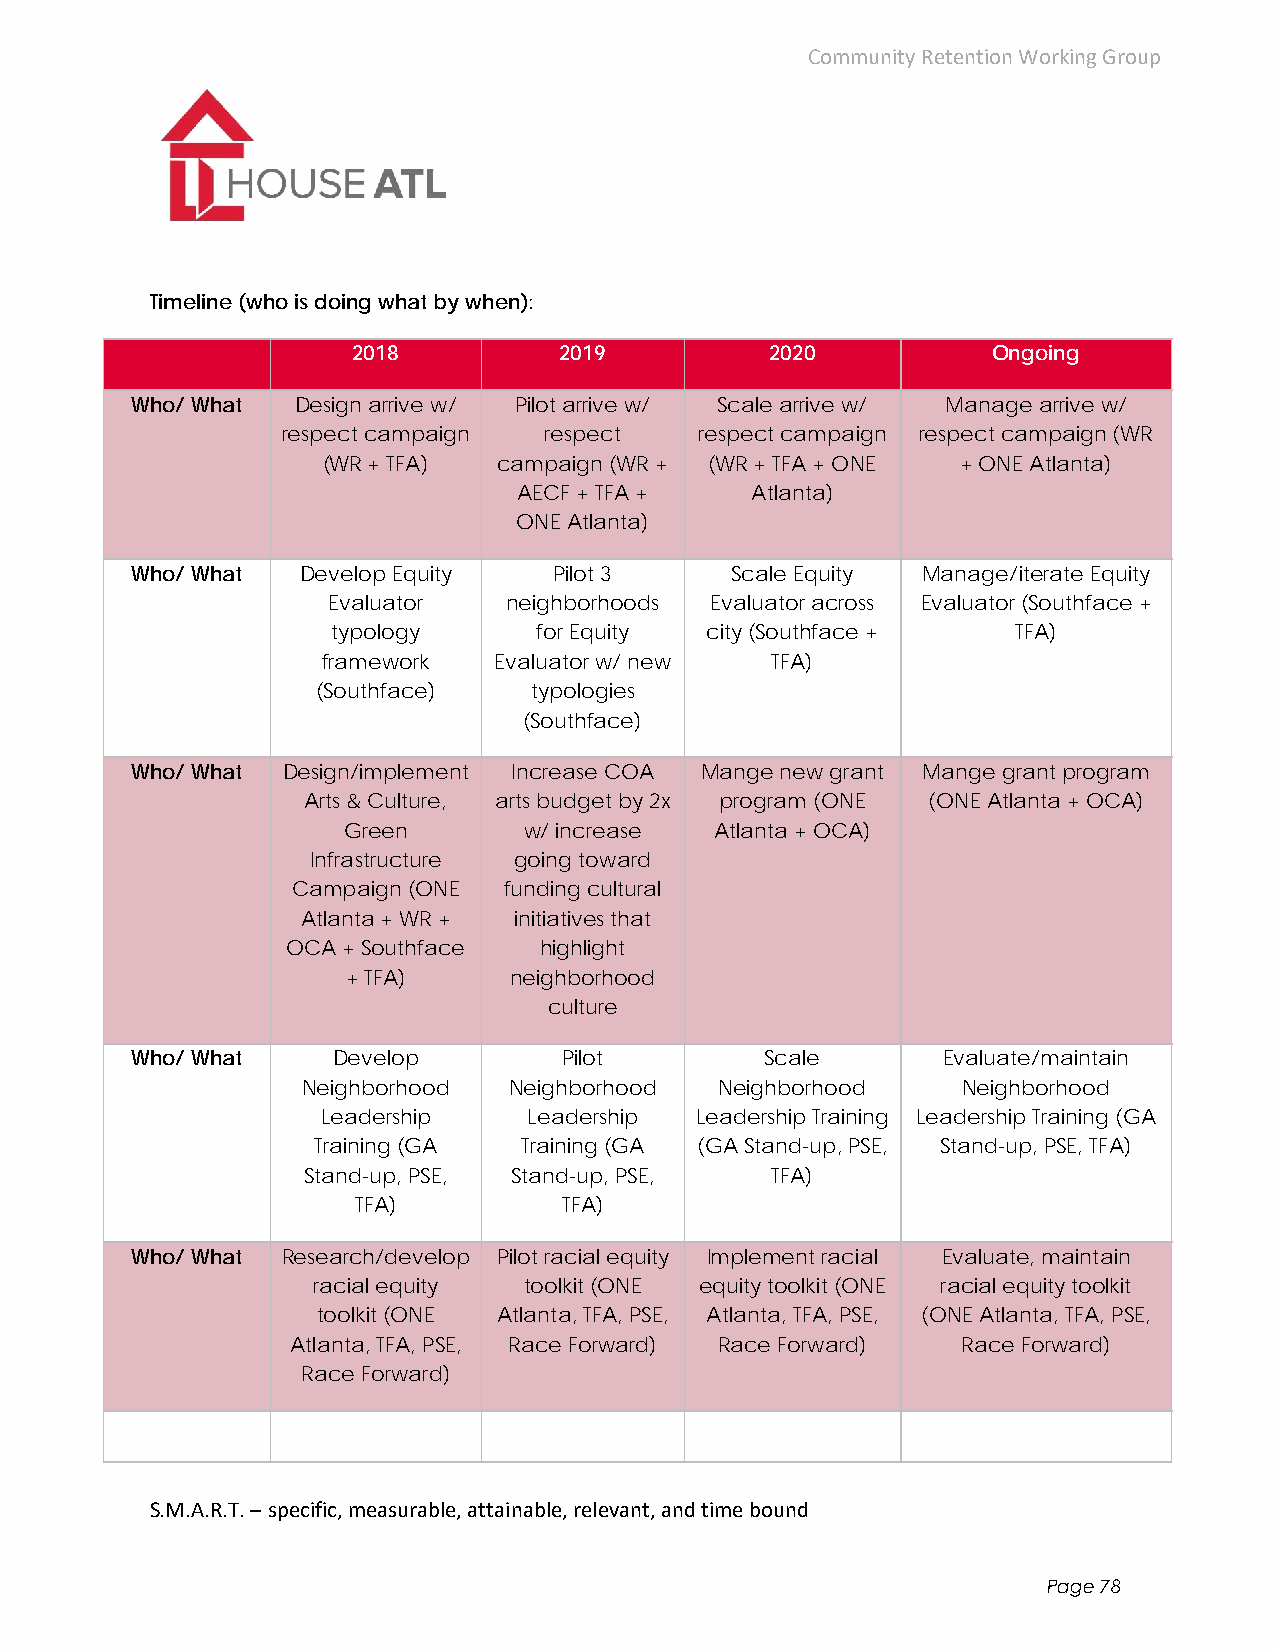
Community Retention Working Group
 Timeline (who is doing what by when):
 2018          2019          2020           Ongoing
 Who/ What  Design arrive w/ Pilot arrive w/ Scale arrive w/ Manage arrive w/
 respect campaign respect   respect campaign respect campaign (WR
 (WR + TFA)  campaign (WR + (WR + TFA + ONE + ONE Atlanta)
 AECF + TFA +    Atlanta)
 ONE Atlanta)
 Who/ What  Develop Equity   Pilot 3    Scale Equity Manage/iterate Equity
 Evaluator  neighborhoods Evaluator across Evaluator (Southface +
 typology      for Equity city (Southface +   TFA)
 framework   Evaluator w/ new  TFA)
 (Southface)   typologies
 (Southface)
 Who/ What Design/implement Increase COA Mange new grant Mange grant program
 Arts & Culture, arts budget by 2x program (ONE (ONE Atlanta + OCA)
 Green       w/ increase Atlanta + OCA)
 Infrastructure going toward
 Campaign (ONE funding cultural
 Atlanta + WR + initiatives that
 OCA + Southface  highlight
 + TFA)     neighborhood
 culture
 Who/ What    Develop        Pilot         Scale      Evaluate/maintain
 Neighborhood  Neighborhood  Neighborhood    Neighborhood
 Leadership    Leadership Leadership Training Leadership Training (GA
 Training (GA Training (GA (GA Stand-up, PSE, Stand-up, PSE, TFA)
 Stand-up, PSE, Stand-up, PSE,  TFA)
 TFA)          TFA)
 Who/ What Research/develop Pilot racial equity Implement racial Evaluate, maintain
 racial equity toolkit (ONE equity toolkit (ONE racial equity toolkit
 toolkit (ONE Atlanta, TFA, PSE, Atlanta, TFA, PSE, (ONE Atlanta, TFA, PSE,
 Atlanta, TFA, PSE, Race Forward) Race Forward) Race Forward)
 Race Forward)
 S.M.A.R.T. – specific, measurable, attainable, relevant, and time bound
 Page 78